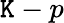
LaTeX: \mathtt{K}-p